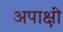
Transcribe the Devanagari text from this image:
अपाक्षी